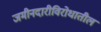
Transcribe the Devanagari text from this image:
जमीनदारीविरोधातील